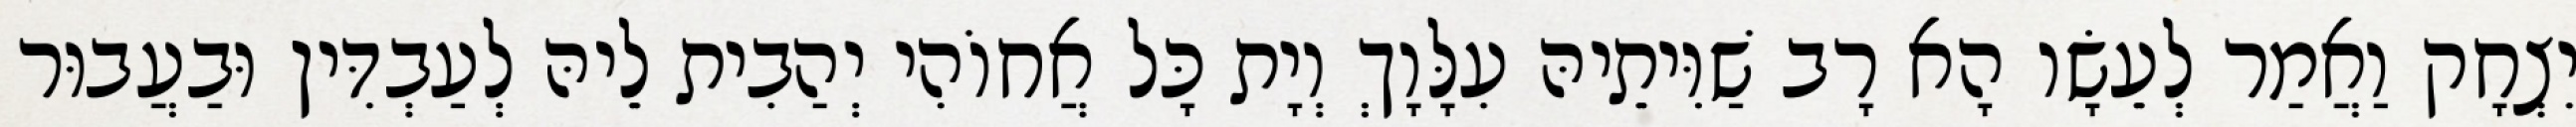
יִצְחָק וַאֲמַר לְעֵשָׂו הָא רָב שַׁוִּיתֵיהּ עִלָּוָךְ וְיָת כָּל אֲחוֹהִי יְהַבִית לֵיהּ לְעַבְדִּין וּבַעֲבוּר